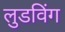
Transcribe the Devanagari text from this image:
लुडविंग